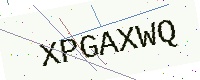
Text: XPGAXWQ